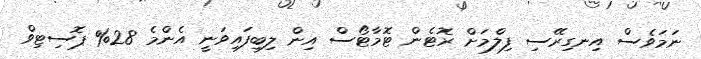
ނަމަވެސް އިނގިރޭސި ފިލްމަށް ރޮޓެން ޓޮމާޓޯސް އިން ލިބިފައިވަނީ އެންމެ 28% ޕޮސިޓިވް